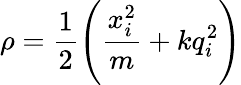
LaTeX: \rho=\frac{1}{2}\left(\frac{x_{i}^{2}}{m}+kq_{i}^{2}\right)